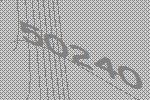
50240